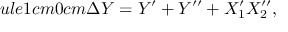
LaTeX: ule { 1 cm } { 0 cm } \Delta Y = Y ^ { \prime } + Y ^ { \prime \prime } + X _ { 1 } ^ { \prime } X _ { 2 } ^ { \prime \prime } ,